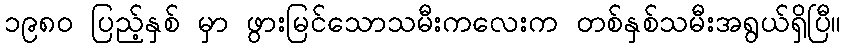
၁၉၈ဝ ပြည့်နှစ် မှာ ဖွားမြင်သောသမီးကလေးက တစ်နှစ်သမီးအရွယ်ရှိပြီ။